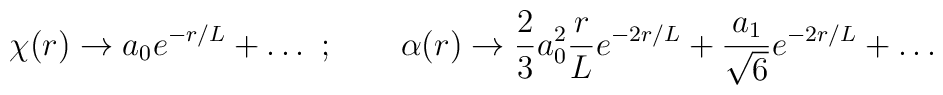
\chi(r)\to a_0e^{-r/L}+\ldots\ ;\qquad \alpha(r)\to {2\over3}a_0^2 {r\over L} e^{-2r/L}+{a_1\over\sqrt{6}}e^{-2r/L}+\ldots